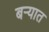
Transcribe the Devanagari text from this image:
बऱ्यात